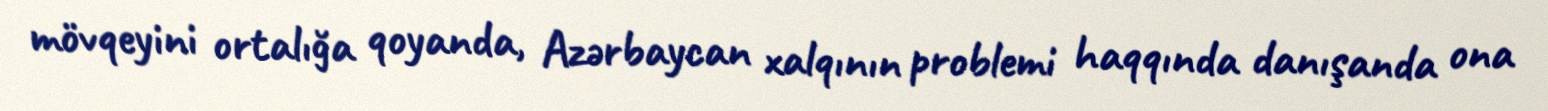
mövqeyini ortalığa qoyanda, Azərbaycan xalqının problemi haqqında danışanda ona